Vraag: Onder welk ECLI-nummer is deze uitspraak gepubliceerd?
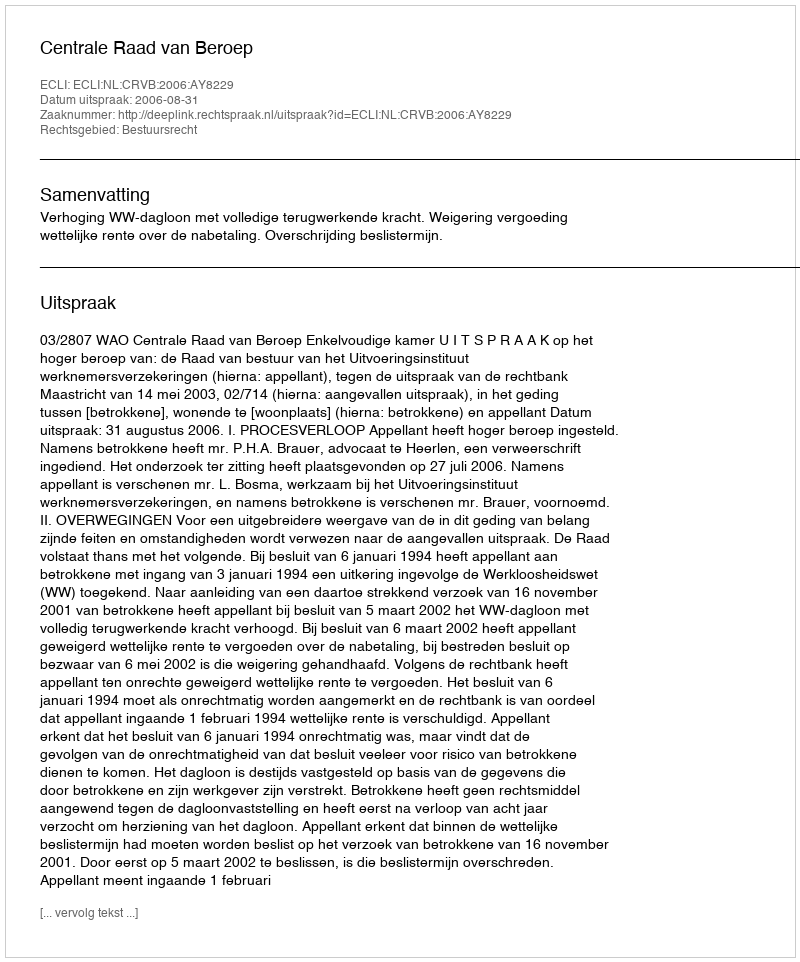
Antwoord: ECLI:NL:CRVB:2006:AY8229